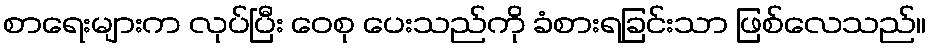
စာရေးများက လုပ်ပြီး ဝေစု ပေးသည်ကို ခံစားရခြင်းသာ ဖြစ်လေသည်။